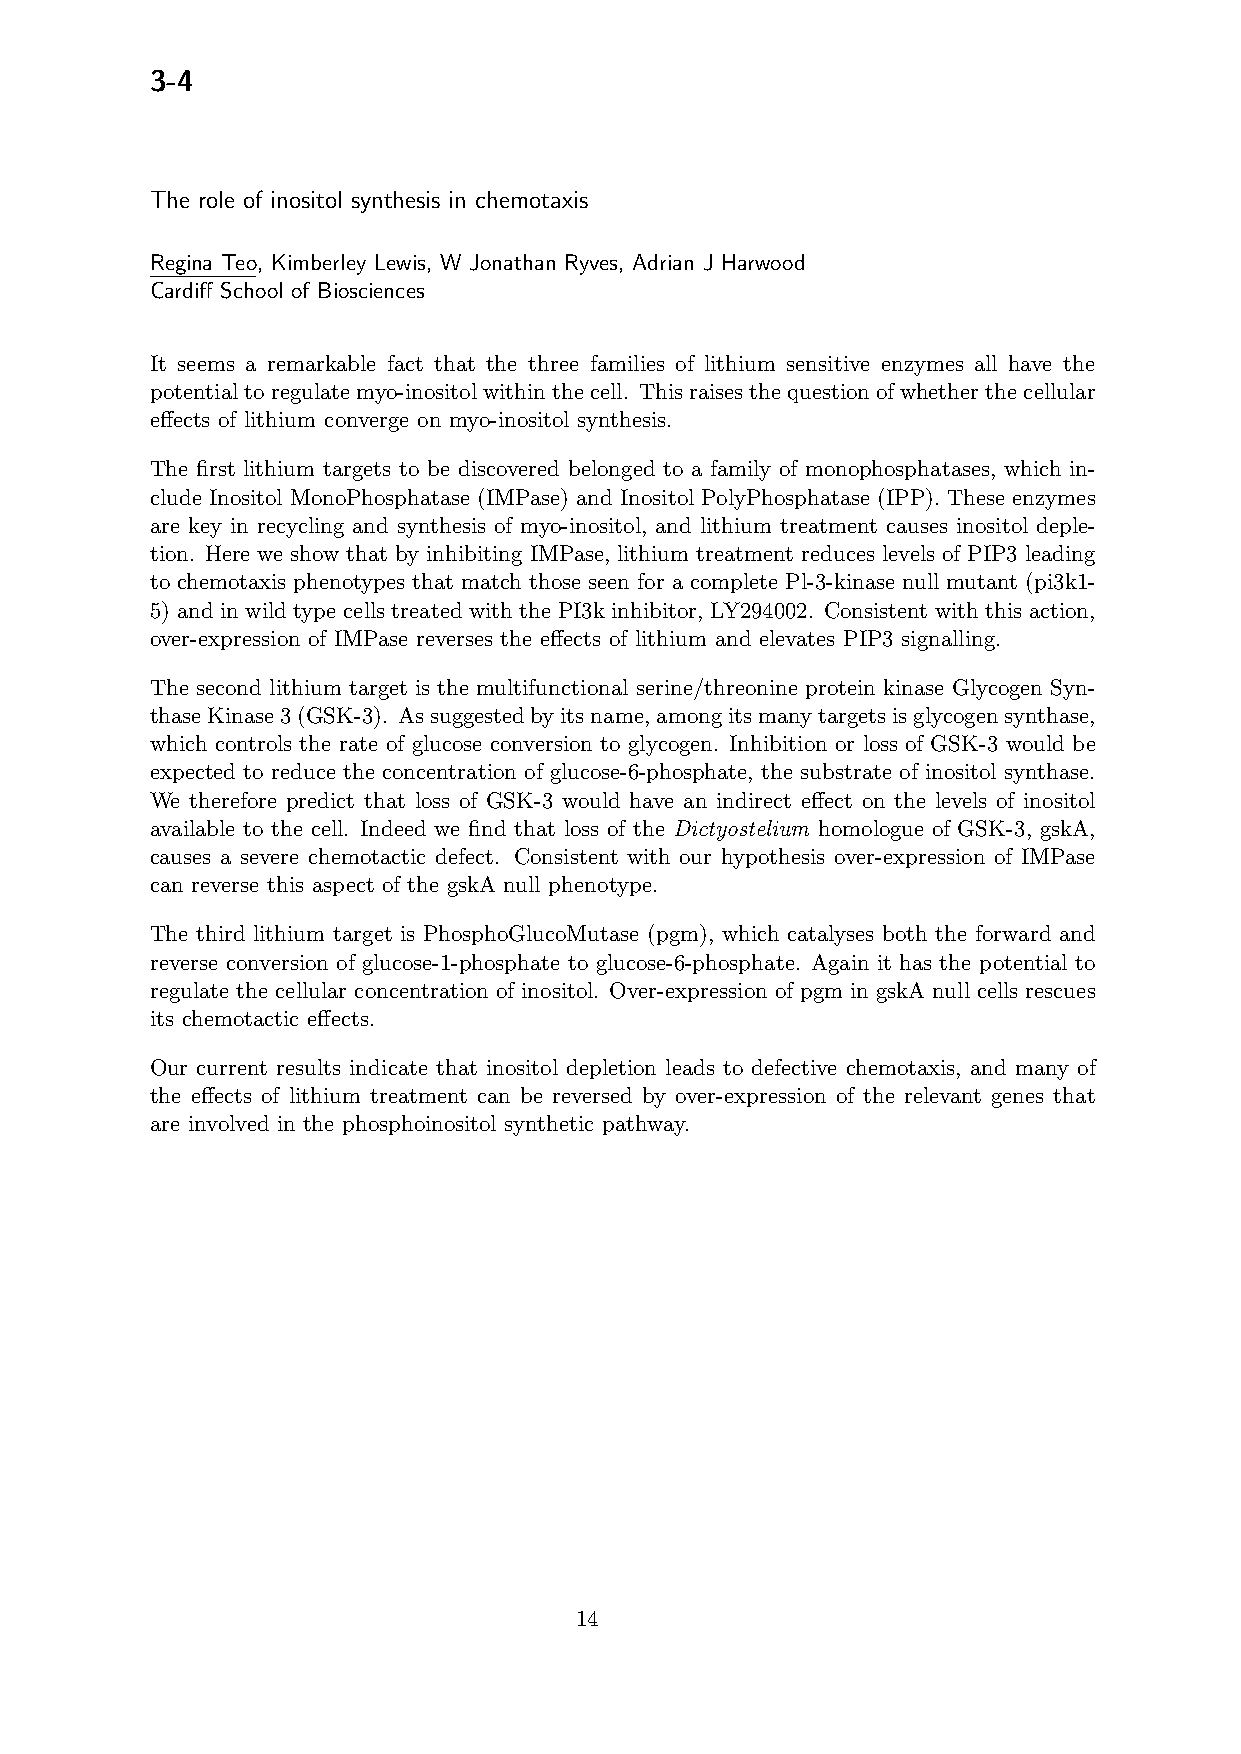
3-4
 The role of inositol synthesis in chemotaxis
 Regina Teo, Kimberley Lewis, W Jonathan Ryves, Adrian J Harwood
 Cardiff School of Biosciences
 It seems a remarkable fact that the three families of lithium sensitive enzymes all have the
 potentialtoregulatemyo-inositolwithinthecell. Thisraisesthequestionofwhetherthecellular
 effects of lithium converge on myo-inositol synthesis.
 The first lithium targets to be discovered belonged to a family of monophosphatases, which in-
 clude Inositol MonoPhosphatase (IMPase) and Inositol PolyPhosphatase (IPP). These enzymes
 are key in recycling and synthesis of myo-inositol, and lithium treatment causes inositol deple-
 tion. Here we show that by inhibiting IMPase, lithium treatment reduces levels of PIP3 leading
 to chemotaxis phenotypes that match those seen for a complete Pl-3-kinase null mutant (pi3k1-
 5) and in wild type cells treated with the PI3k inhibitor, LY294002. Consistent with this action,
 over-expression of IMPase reverses the effects of lithium and elevates PIP3 signalling.
 The second lithium target is the multifunctional serine/threonine protein kinase Glycogen Syn-
 thaseKinase3(GSK-3). Assuggestedbyitsname,amongitsmanytargetsisglycogensynthase,
 which controls the rate of glucose conversion to glycogen. Inhibition or loss of GSK-3 would be
 expected to reduce the concentration of glucose-6-phosphate, the substrate of inositol synthase.
 We therefore predict that loss of GSK-3 would have an indirect effect on the levels of inositol
 available to the cell. Indeed we find that loss of the Dictyostelium homologue of GSK-3, gskA,
 causes a severe chemotactic defect. Consistent with our hypothesis over-expression of IMPase
 can reverse this aspect of the gskA null phenotype.
 The third lithium target is PhosphoGlucoMutase (pgm), which catalyses both the forward and
 reverse conversion of glucose-1-phosphate to glucose-6-phosphate. Again it has the potential to
 regulate the cellular concentration of inositol. Over-expression of pgm in gskA null cells rescues
 its chemotactic effects.
 Our current results indicate that inositol depletion leads to defective chemotaxis, and many of
 the effects of lithium treatment can be reversed by over-expression of the relevant genes that
 are involved in the phosphoinositol synthetic pathway.
 14